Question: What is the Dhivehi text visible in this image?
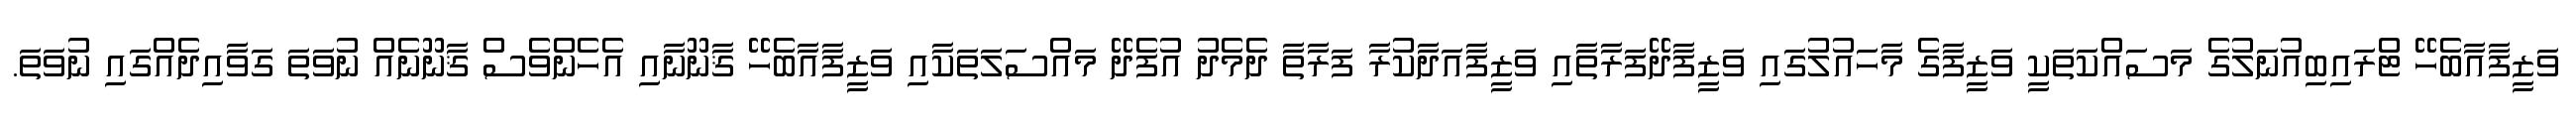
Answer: ވަޒީފާއާބެހޭ ޓްރައިބިއުނަލުގެ މަސައްކަތަކީ ވަޒީފާގެ މާހައުލުގައި ވަޒީފާދޭފަރާތާއި ވަޒީފާއަދާކުރާ ފަރާތާ ދެމެދު އުފެދޭ މައްސަލަތަކާއި ވަޒީފާއާބެހޭ ޤާނޫނާއި އެހެންވެސް ޤާނޫނެއް ނުވަތަ ގަވާއިދެއްގައި ނުވަތަ.